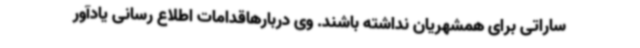
ساراتی برای همشهریان نداشته باشند. وی دربارهاقدامات اطلاع رسانی یادآور